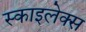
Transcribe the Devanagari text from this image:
स्काइलेक्स